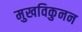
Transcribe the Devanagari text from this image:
मुखविकुनन